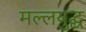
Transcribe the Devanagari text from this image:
मल्लयुद्घ